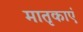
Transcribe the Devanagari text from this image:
मातृकाएं